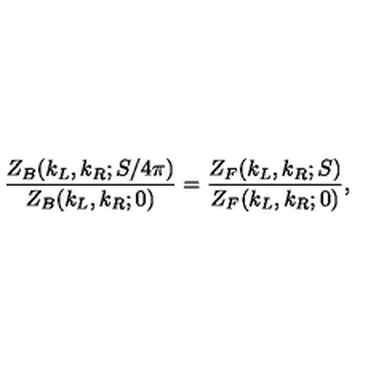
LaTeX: { \frac { Z _ { B } ( k _ { L } , k _ { R } ; S / 4 \pi ) } { Z _ { B } ( k _ { L } , k _ { R } ; 0 ) } } = { \frac { Z _ { F } ( k _ { L } , k _ { R } ; S ) } { Z _ { F } ( k _ { L } , k _ { R } ; 0 ) } } ,